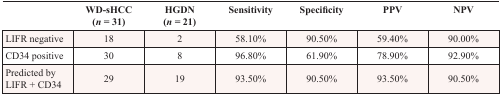
<table><thead><tr><td></td><td><b>WD-sHCC (<i>n</i> = 31)</b></td><td><b>HGDN (<i>n</i> = 21)</b></td><td><b>Sensitivity</b></td><td><b>Specificity</b></td><td><b>PPV</b></td><td><b>NPV</b></td></tr></thead><tbody><tr><td>LIFR negative</td><td>18</td><td>2</td><td>58.10%</td><td>90.50%</td><td>59.40%</td><td>90.00%</td></tr><tr><td>CD34 positive</td><td>30</td><td>8</td><td>96.80%</td><td>61.90%</td><td>78.90%</td><td>92.90%</td></tr><tr><td>Predicted by LIFR + CD34</td><td>29</td><td>19</td><td>93.50%</td><td>90.50%</td><td>93.50%</td><td>90.50%</td></tr></tbody></table>